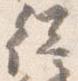
従